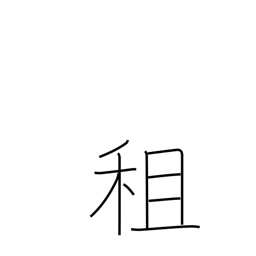
Meaning: borrowing